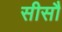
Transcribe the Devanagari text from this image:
सीसौ